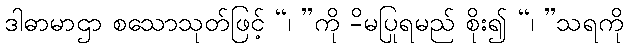
ဒါဓာမာဌာ စသောသုတ်ဖြင့် “၊ ”ကို -ိမပြုရမည် စိုး၍ “၊ ”သရကို